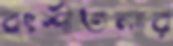
বংশীতলার